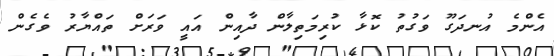
އެންމެ އުނދަގޫ ވަގުތު ކޮޅާ ކުރިމަތިލާން ދާއިން އައީ ވަރަށް ތައްޔާރު ވެގެން